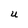
Character: U